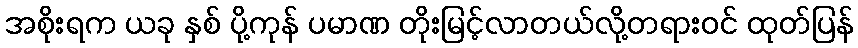
အစိုးရက ယခု နှစ် ပို့ကုန် ပမာဏ တိုးမြင့်လာတယ်လို့တရားဝင် ထုတ်ပြန်